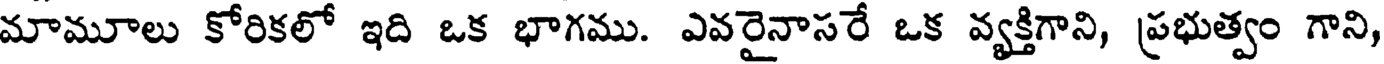
మామూలు కోరికలో ఇది ఒక భాగము. ఎవరైనాసరే ఒక వ్యక్తిగాని, ప్రభుత్వం గాని,